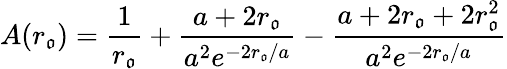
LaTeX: A(r_{\mathfrak{o}})={\frac{{1}}{{r_{\mathfrak{o}}}}}+{\frac{{a+2r_{\mathfrak{o}}}}{{a^{2}e^{-2r_{\mathfrak{o}}/a}}}}-{\frac{{a+2r_{\mathfrak{o}}+2r_{\mathfrak{o}}^{2}}}{{a^{2}e^{-2r_{\mathfrak{o}}/a}}}}